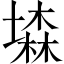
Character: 𡑓